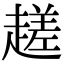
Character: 䟀